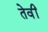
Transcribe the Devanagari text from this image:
तेवीं